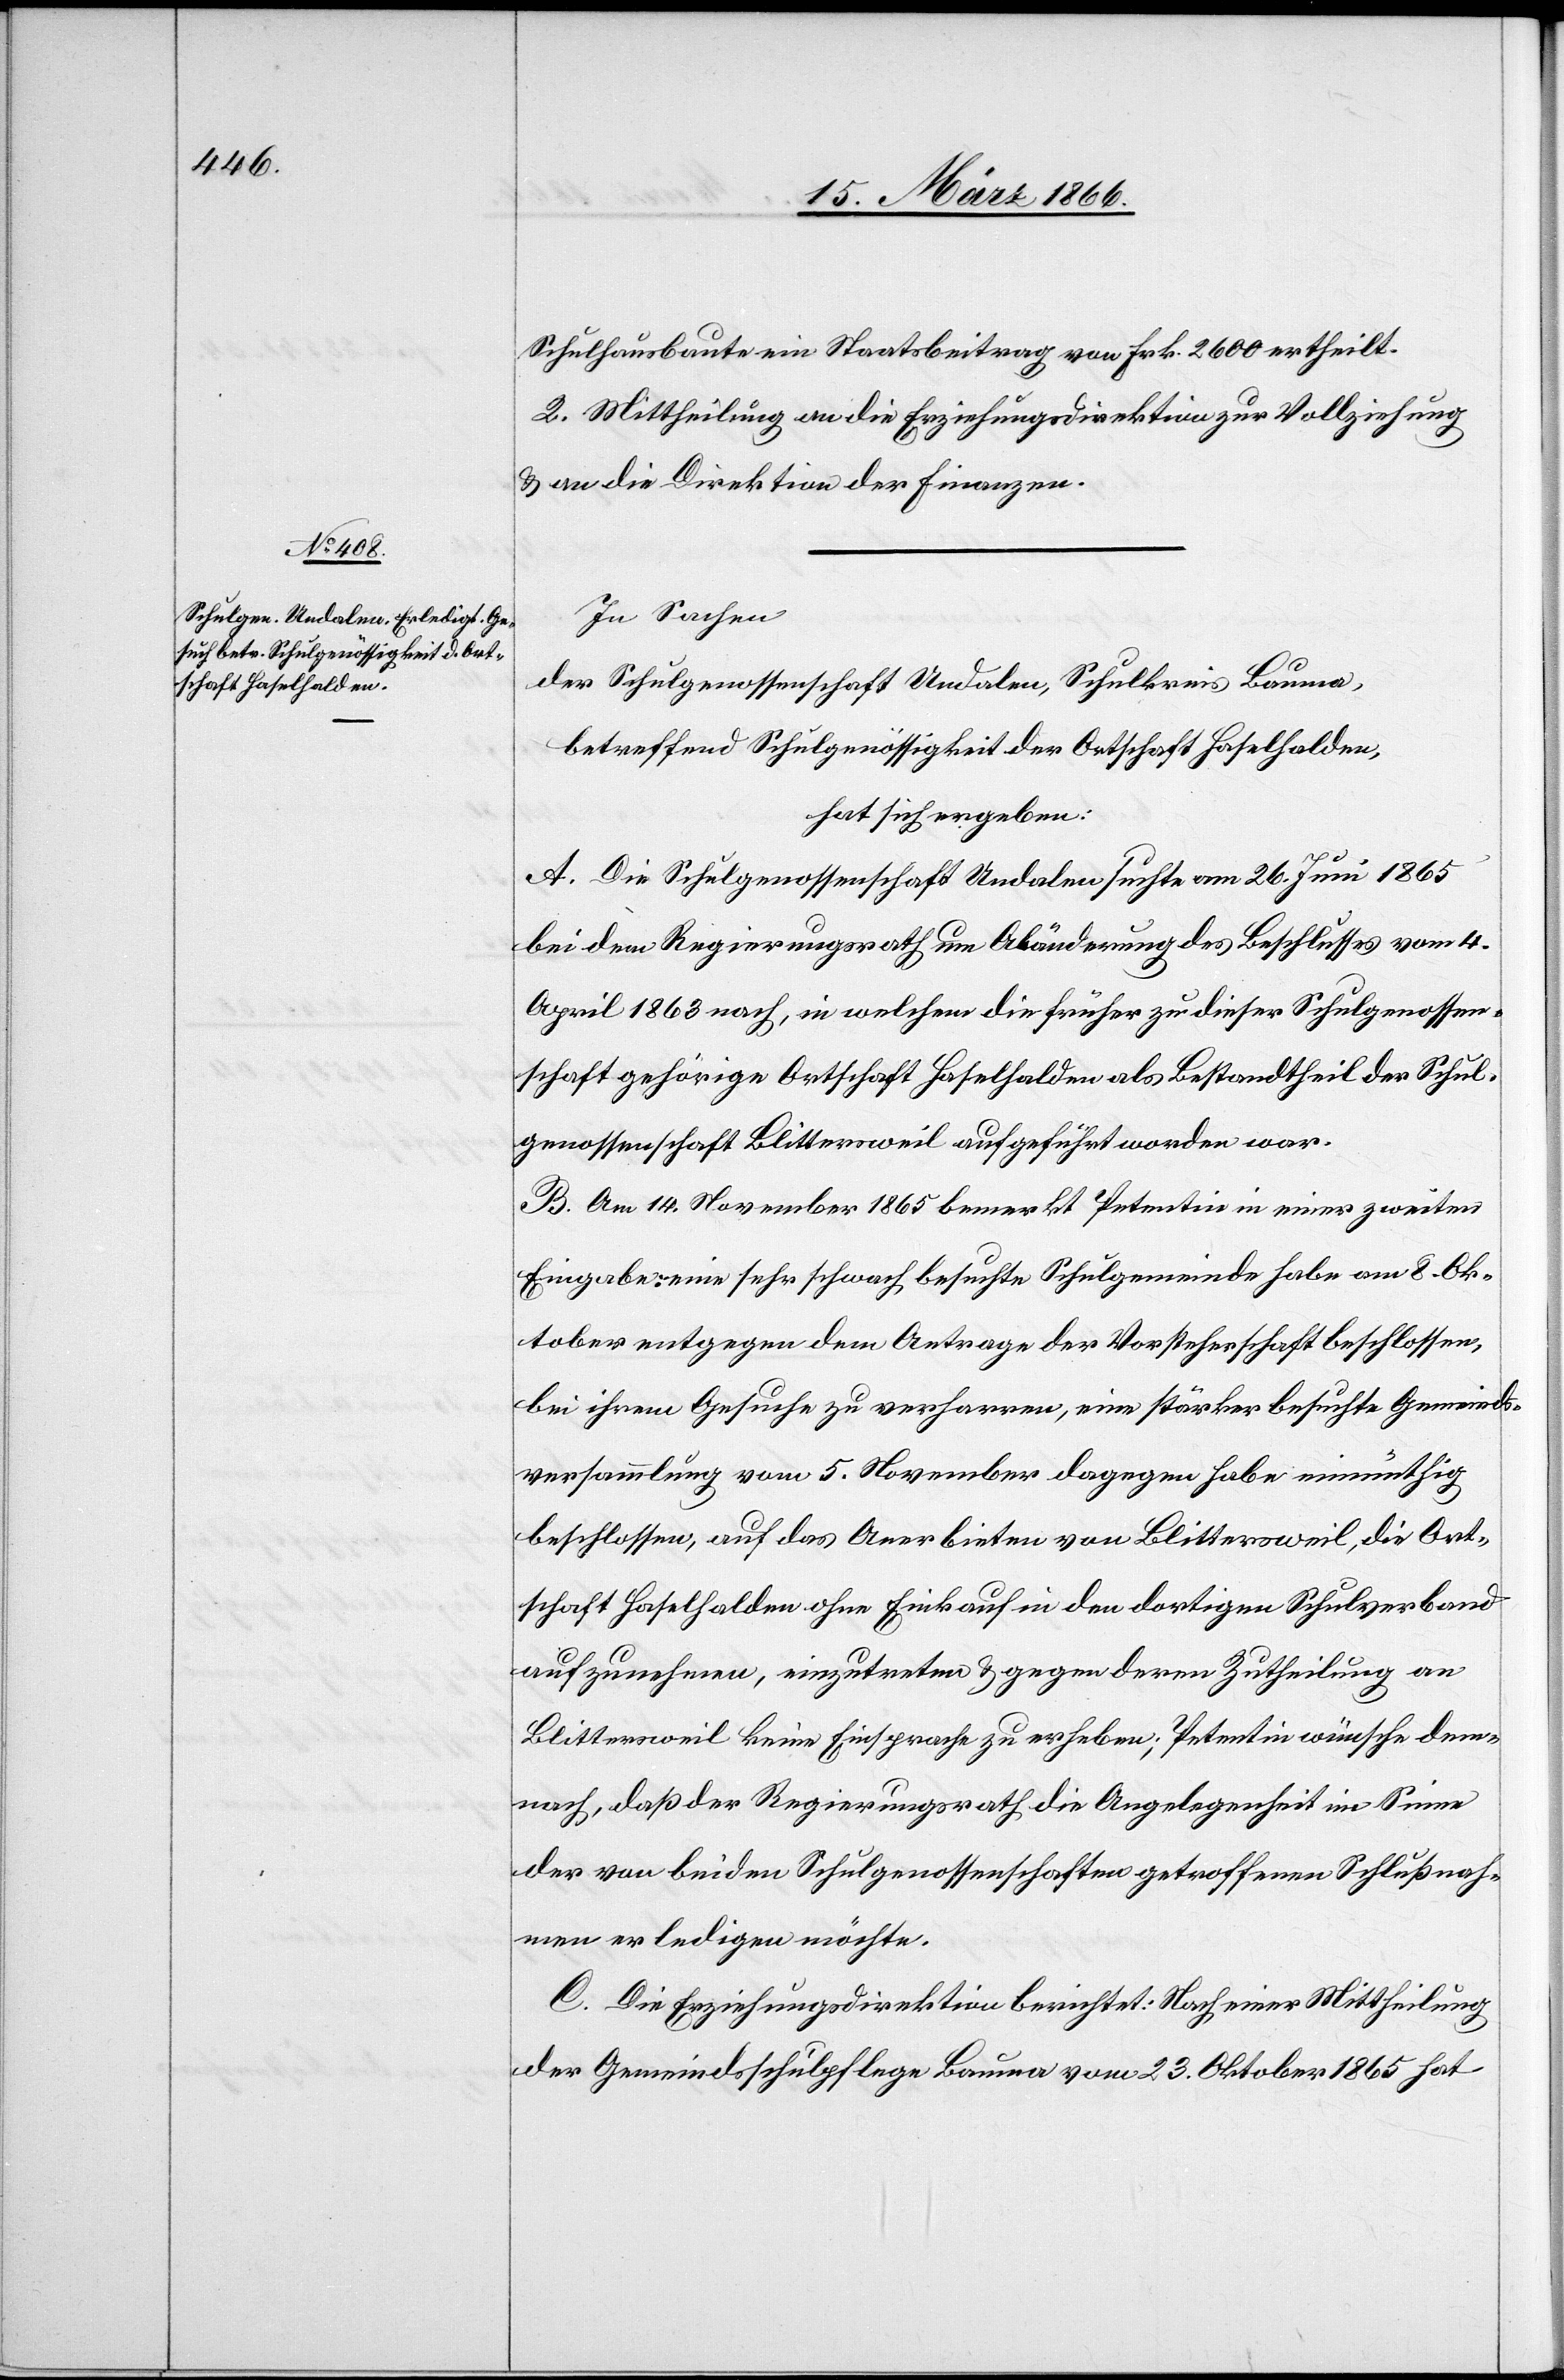
Schulhausbaute ein Staatsbeitrag von Frk. 2600 ertheilt.
2. Mittheilung an die Erziehungsdirektion zur Vollziehung
u. an die Direktion der Finanzen.
In Sachen
der Schulgenossenschaft Undalen, Schulkreis Bauma,
betreffend Schulgenössigkeit der Ortschaft Haselhalden,
hat sich ergeben:
A. Die Schulgenossenschaft Undalen suchte am 26. Juni 1865
bei dem Regierungsrath um Abänderung des Beschlusses vom 4.
April 1863 nach, in welchem die früher zu dieser Schulgenossen¬
schaft gehörige Ortschaft Haselhalden als Bestandtheil der Schul¬
genossenschaft Blittersweil aufgeführt worden war.
B. Am 14. November 1865 bemerkt Petentin in einer zweiten
Eingabe: eine sehr schwach besuchte Schulgemeinde habe am 8. Ok¬
tober entgegen dem Antrage der Vorsteherschaft beschlossen,
bei ihrem Gesuche zu verharren, eine stärker besuchte Gemeinde¬
versammlung vom 5. November dagegen habe einmüthig
beschlossen, auf das Anerbieten von Blittersweil, die Ort¬
schaft Haselhalden ohne Einkauf in den dortigen Schulverband
aufzunehmen, einzutreten u. gegen deren Zutheilung an
Blittersweil keine Einsprache zu erheben; Petentin wünsche dem¬
nach, daß der Regierungsrath die Angelegenheit im Sinne
der von beiden Schulgenossenschaften getroffenen Schlußnah¬
men erledigen möchte.
C. Die Erziehungsdirektion berichtet: Nach einer Mittheilung
der Gemeindsschulpflege Bauma vom 23. Oktober 1865 hat